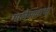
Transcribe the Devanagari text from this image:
मालेगावाचा